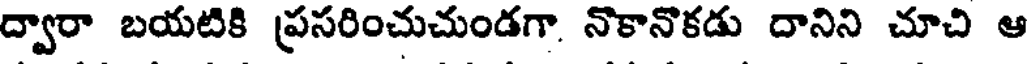
ద్వారా బయటికి ప్రసరించుచుండగా. నొకానొకడు దానిని చూచి ఆ